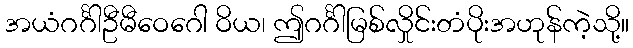
အယံဂင်္ဂါဦမီဝေဂေါ ဝိယ၊ ဤဂင်္ဂါမြစ်လှိုင်းတံပိုးအဟုန်ကဲ့သို့။